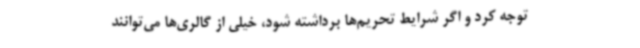
توجه کرد و اگر شرایط تحریم‌ها برداشته شود، خیلی از گالری‌ها می‌توانند